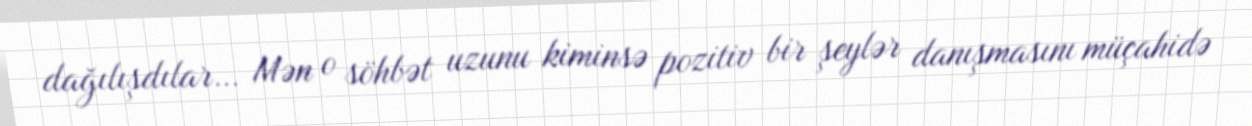
dağılışdılar… Mən o söhbət uzunu kiminsə pozitiv bir şeylər danışmasını müçahidə